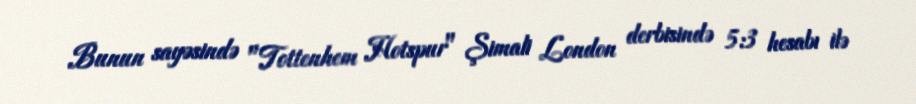
Bunun sayəsində "Tottenhem Hotspur" Şimali London derbisində 5:3 hesabı ilə